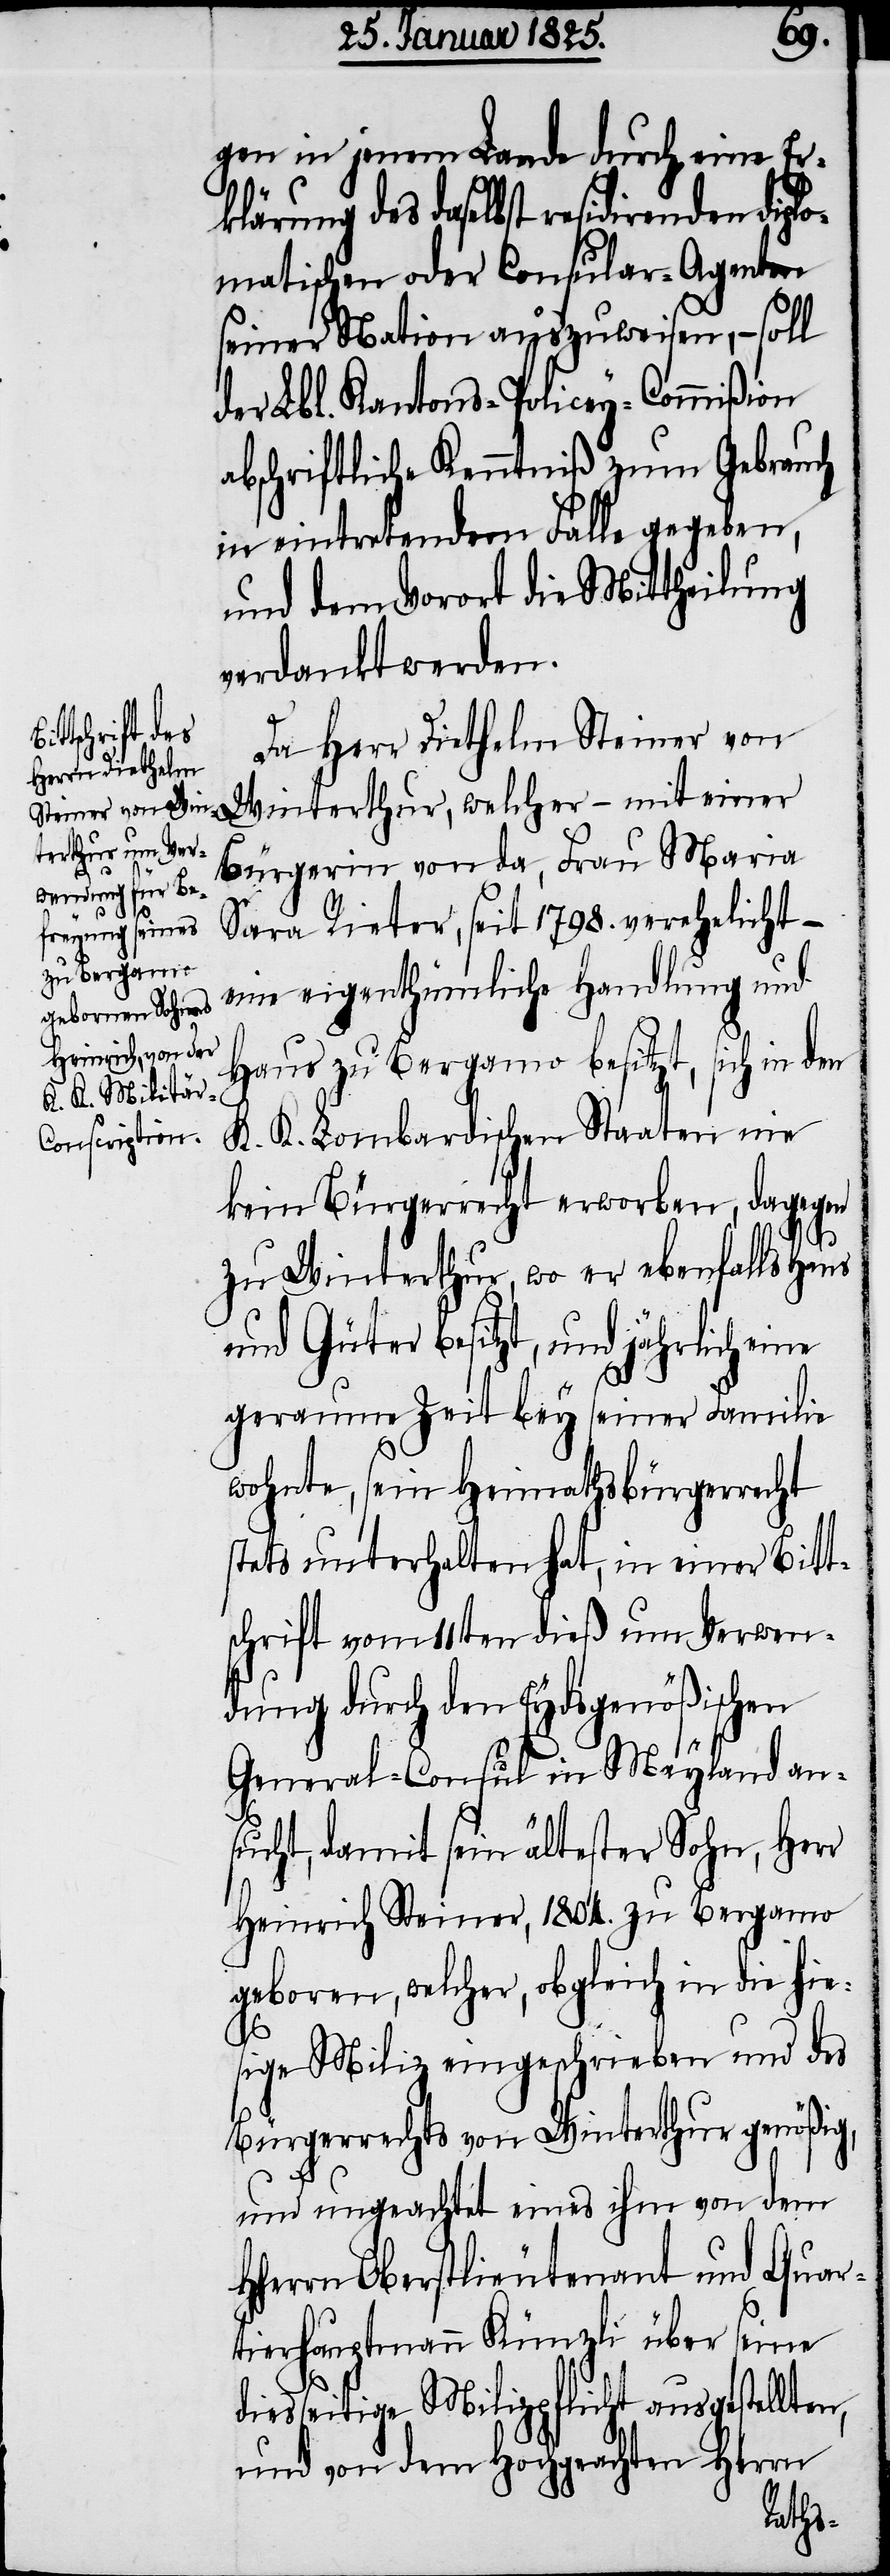
gen in jenem Lande durch eine Er¬
klärung des daselbst residirenden diplo¬
matischen oder Consular-Agenten
seiner Nation auszuweisen, − soll
der Lbl. Kantons-Policey-Commißion
abschriftliche Kenntniß zum Gebrauch
in eintretendem Falle gegeben,
und dem Vorort die Mittheilung
verdankt werden.
Da Herr Diethelm Steiner von
Winterthur, welcher – mit einer
Bürgerin von da, Frau Maria
Sara Rieter, seit 1798. verehelicht –
eine eigenthümliche Handlung und
Haus zu Bergamo besitzt, sich in den
K. K. Lombardischen Staaten nie
kein Bürgerrecht erworben, dagegen
zu Winterthur, wo er ebenfalls Haus
und Güter besitzt, und jährlich eine
geraume Zeit bey seiner Familie
wohnte, sein Heimathsbürgerrecht
stets unterhalten hat, in einer Bitt¬
schrift vom 11ten dieß um Verwen¬
dung durch den Eydsgenößischen
General-Consul in Mayland an¬
sucht, damit sein ältester Sohn, Herr
Heinrich Steiner, 1804. zu Bergamo
geboren, welcher, obgleich in die hie¬
sige Miliz eingeschrieben und des
Bürgerrechts von Winterthur genößig,
und ungeachtet eines ihm von dem
Hherrn Oberstlieutenant und Quar¬
tierhauptmann Künzli über seine
diesseitige Milizpflicht ausgestellten,
und von dem Hochgeachten Herrn